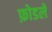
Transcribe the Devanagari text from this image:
फ़ोडले